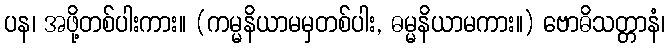
ပန၊ အဖို့တစ်ပါးကား။ (ကမ္မနိယာမမှတစ်ပါး, ဓမ္မနိယာမကား။) ဗောဓိသတ္တာနံ၊